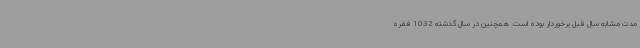
مدت مشابه سال قبل برخوردار بوده است. همچنین در سال گذشته 1032 فقره